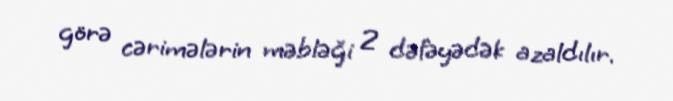
görə cərimələrin məbləği 2 dəfəyədək azaldılır.